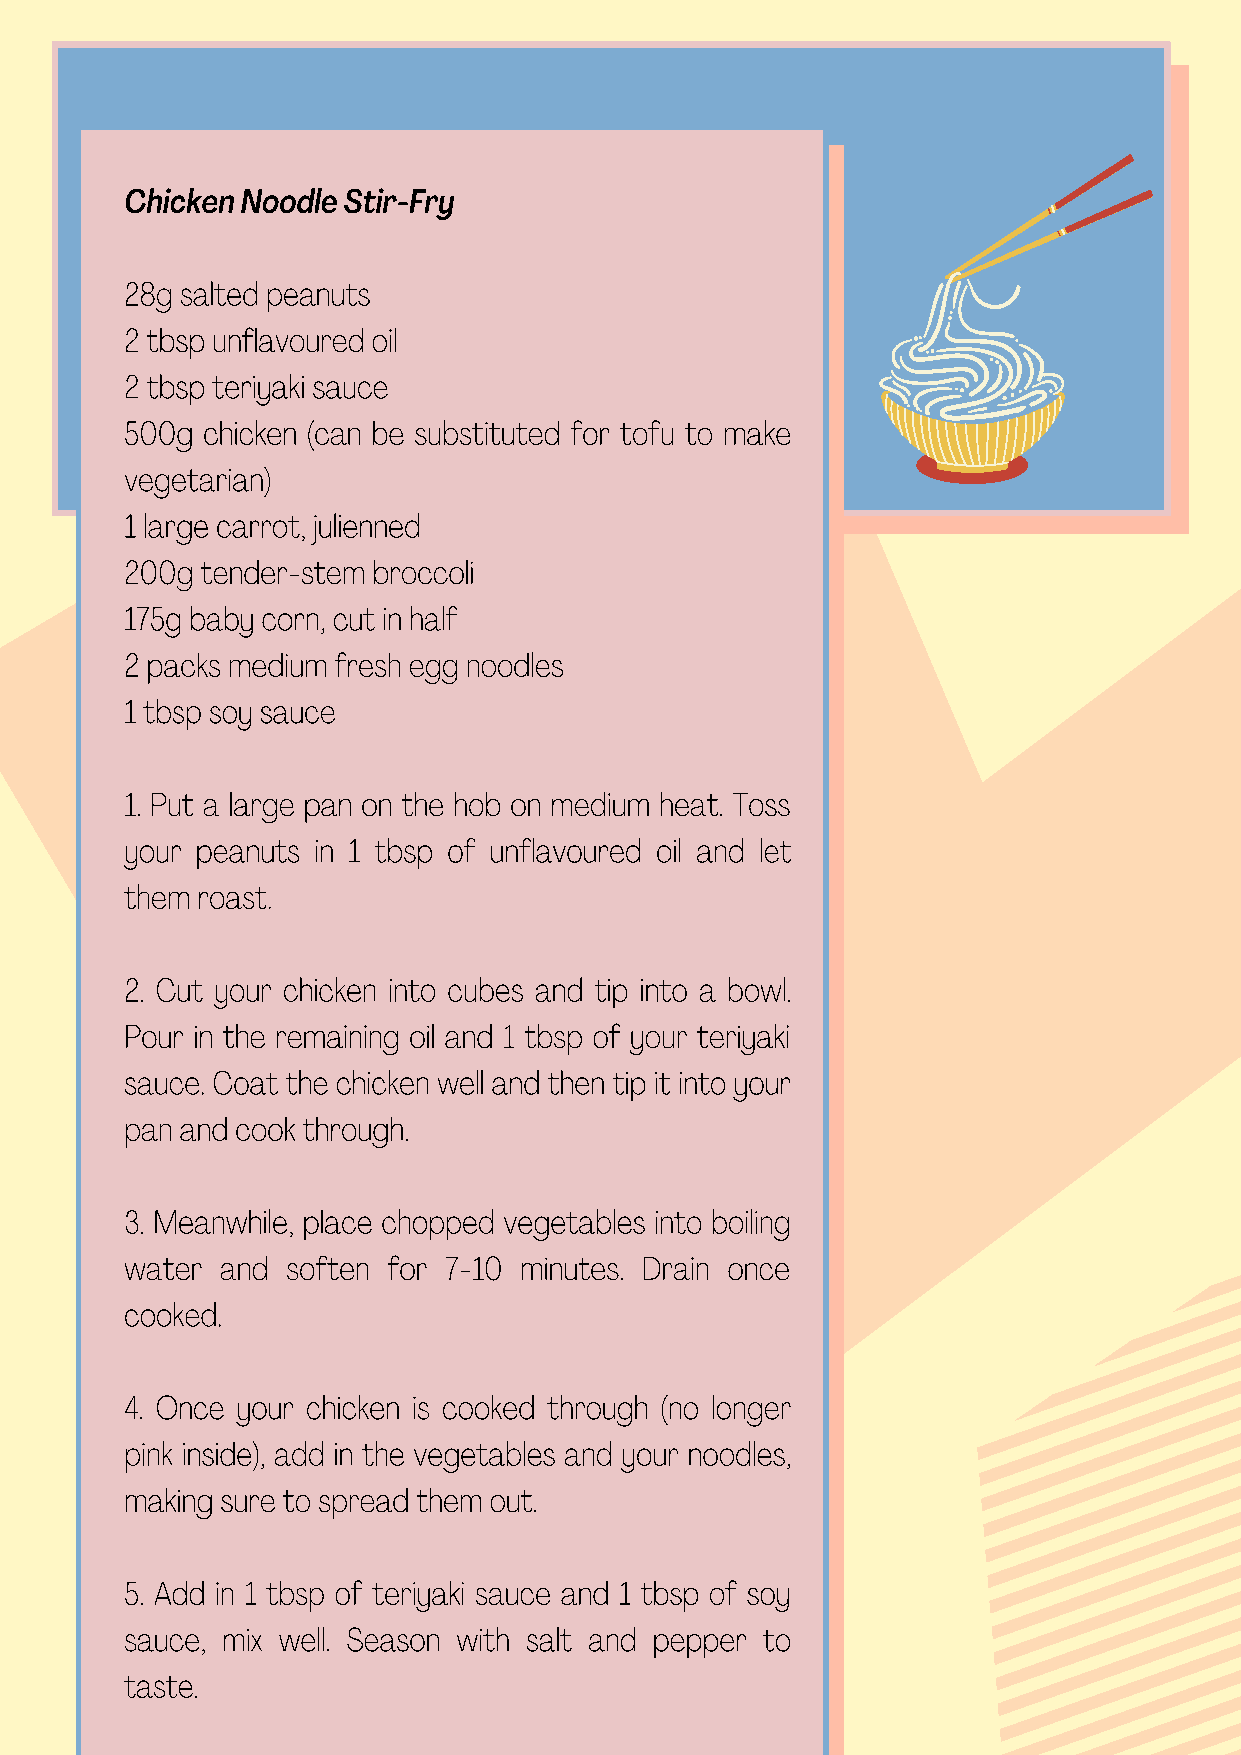
Chicken Noodle Stir-Fry
 28g salted peanuts
 2 tbsp unflavoured oil
 2 tbsp teriyaki sauce
 500g chicken (can be substituted for tofu to make
 vegetarian)
 1 large carrot, julienned
 200g tender-stem broccoli
 175g baby corn, cut in half
 2 packs medium fresh egg noodles
 1 tbsp soy sauce
 1. Put a large pan on the hob on medium heat. Toss
 your peanuts in 1 tbsp of unflavoured oil and let
 them roast.
 2. Cut your chicken into cubes and tip into a bowl.
 Pour in the remaining oil and 1 tbsp of your teriyaki
 sauce. Coat the chicken well and then tip it into your
 pan and cook through.
 3. Meanwhile, place chopped vegetables into boiling
 water  and soften for 7-10 minutes. Drain once
 cooked.
 4. Once your chicken is cooked through (no longer
 pink inside), add in the vegetables and your noodles,
 making sure to spread them out.
 5. Add in 1 tbsp of teriyaki sauce and 1 tbsp of soy
 sauce, mix well. Season with salt and pepper to
 taste.